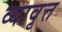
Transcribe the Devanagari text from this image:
व्यावृत्त